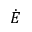
\dot { E }